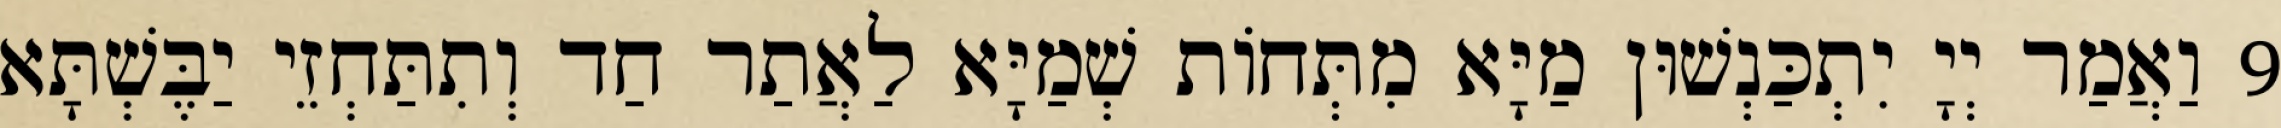
9 וַאֲמַר יְיָ יִתְכַּנְשׁוּן מַיָּא מִתְּחוֹת שְׁמַיָּא לַאֲתַר חַד וְתִתַּחְזֵי יַבֶּשְׁתָּא